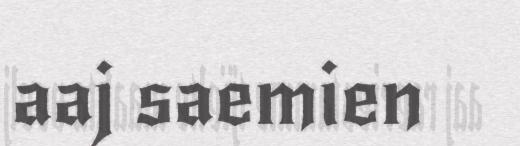
aaj saemien